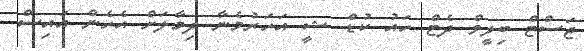
ޖަސްޓް ބިލީވް ދެޓް ހައު ކުޑް ޝީ އަހަރުމެނާ ދިމާލަށް އެހެން އައިސް